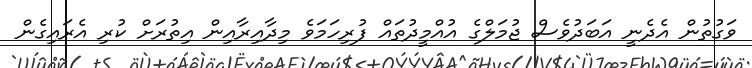
ވަގުތުން އެދެނީ އަބަދުވެސް ޖުމަލްގެ އުއްމީދުތައް ފުރިހަމަވެ މިދާއިރާއިން އިތުރަށް ކުރި އެރައިގެން